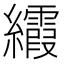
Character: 𬘐